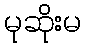
မုဆိုးမ